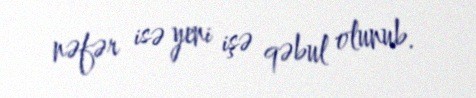
nəfər isə yeni işə qəbul olunub.